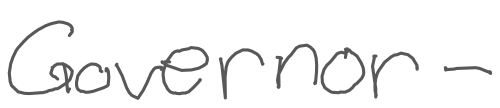
Text: Governor-
Cross-out: clean
Writing tool: digital_gray